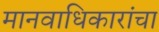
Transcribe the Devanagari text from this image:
मानवाधिकारांचा